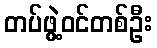
တပ်ဖွဲ့ဝင်တစ်ဦး